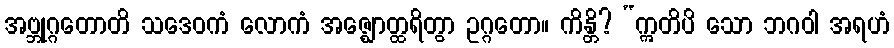
အဗ္ဘုဂ္ဂတောတိ သဒေဝကံ လောကံ အဇ္ဈောတ္ထရိတွာ ဥဂ္ဂတော။ ကိန္တိ? “ဣတိပိ သော ဘဂဝါ အရဟံ